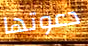
دعوتها